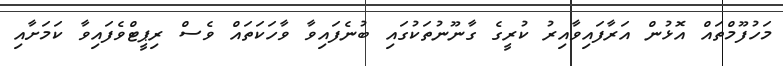
މަހުފޫމްތައް އޮޅުން އަރާފައިވާއިރު ކުރީގެ ގާނޫނުތަކުގައި ބުނެފައިވާ ވާހަކަތައް ވެސް ރިޕީޓްވެފައިވާ ކަަމަށާއި